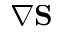
\nabla \mathbf { S }